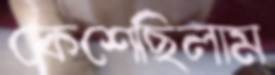
কেশেছিলাম